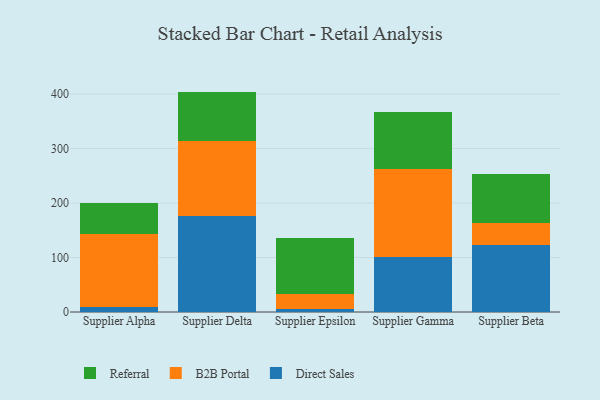
{"axis": {"x": "Supplier", "y": "Humidity (%)"}, "legend": ["B2B Portal", "Direct Sales", "Referral"], "data": [{"x": "Supplier Alpha", "y": 8.6, "type": "Direct Sales"}, {"x": "Supplier Alpha", "y": 134.9, "type": "B2B Portal"}, {"x": "Supplier Alpha", "y": 56.4, "type": "Referral"}, {"x": "Supplier Delta", "y": 176.4, "type": "Direct Sales"}, {"x": "Supplier Delta", "y": 137.0, "type": "B2B Portal"}, {"x": "Supplier Delta", "y": 91.0, "type": "Referral"}, {"x": "Supplier Epsilon", "y": 5.7, "type": "Direct Sales"}, {"x": "Supplier Epsilon", "y": 26.8, "type": "B2B Portal"}, {"x": "Supplier Epsilon", "y": 102.5, "type": "Referral"}, {"x": "Supplier Gamma", "y": 100.8, "type": "Direct Sales"}, {"x": "Supplier Gamma", "y": 161.8, "type": "B2B Portal"}, {"x": "Supplier Gamma", "y": 104.5, "type": "Referral"}, {"x": "Supplier Beta", "y": 123.8, "type": "Direct Sales"}, {"x": "Supplier Beta", "y": 39.8, "type": "B2B Portal"}, {"x": "Supplier Beta", "y": 88.8, "type": "Referral"}]}